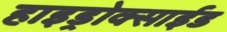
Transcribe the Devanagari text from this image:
हाइड्रोक्साईड